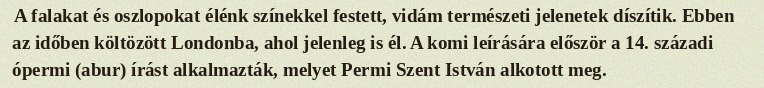
A falakat és oszlopokat élénk színekkel festett, vidám természeti jelenetek díszítik. Ebben az időben költözött Londonba, ahol jelenleg is él. A komi leírására először a 14. századi ópermi (abur) írást alkalmazták, melyet Permi Szent István alkotott meg.